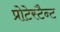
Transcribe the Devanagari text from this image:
प्रोटेस्टैन्ट